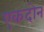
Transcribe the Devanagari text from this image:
एकदोनं